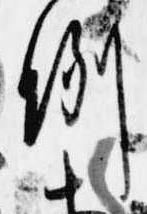
例